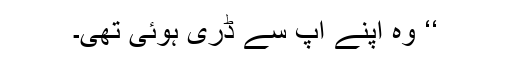
‘‘ وہ اپنے آپ سے ڈری ہوئی تھی۔